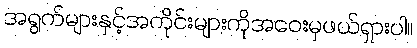
အရွက်များနှင့်အကိုင်းများကိုအဝေးမှဖယ်ရှားပါ။